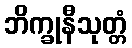
ဘိက္ခုနီသုတ္တံ